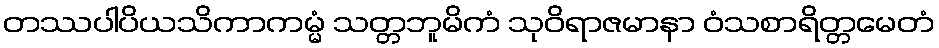
တဿပါပိယသိကာကမ္မံ သတ္တဘူမိကံ သုဝိရာဇမာနာ ဝံသစာရိတ္တမေတံ